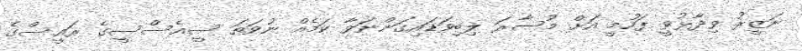
ނަޒީރު ވިދާޅުވީ ފަހުމީ އަށް މުސާރަ ލިބިވަޑައިގަންނަވާ ކަމެއް ނުވަތަ ސީއެސްސީގެ ރައީސްގެ